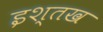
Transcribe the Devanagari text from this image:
इश्तख